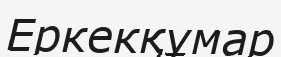
Еркекқұмар